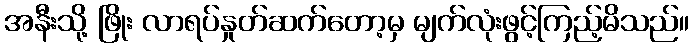
အနီးသို့ ဖြိုး လာရပ်နှုတ်ဆက်တော့မှ မျက်လုံးဖွင့်ကြည့်မိသည်။